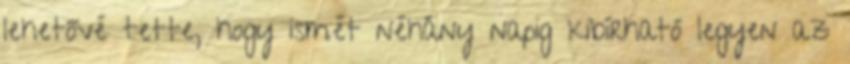
lehetővé tette, hogy ismét néhány napig kibírható legyen az